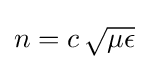
n=c\,{\sqrt {\mu \epsilon }}